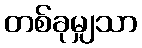
တစ်ခုမျှသာ